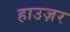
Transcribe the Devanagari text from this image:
हाउज़र